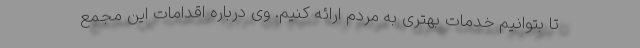
تا بتوانیم خدمات بهتری به مردم ارائه کنیم. وی درباره اقدامات این مجمع